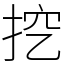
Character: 挖